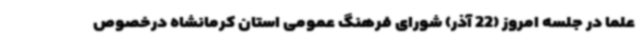
علما در جلسه امروز (22 آذر) شورای فرهنگ عمومی استان کرمانشاه درخصوص